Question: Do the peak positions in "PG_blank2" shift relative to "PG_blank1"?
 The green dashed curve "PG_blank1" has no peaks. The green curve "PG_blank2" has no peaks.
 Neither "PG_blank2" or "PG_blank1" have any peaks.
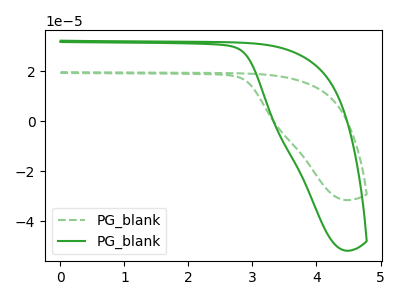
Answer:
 <answer>No, "PG_blank2" and "PG_blank1" don't appear to be significantly different in shape</answer>
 <eval>no_change</eval>